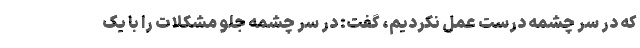
که در سر چشمه درست عمل نکردیم، گفت: در سر چشمه جلو مشکلات را با یک